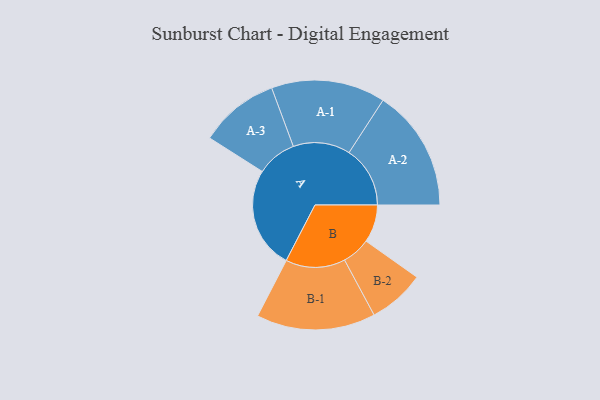
{"axis": {"x": "Segment", "y": "Value"}, "legend": ["", "A", "B"], "data": [{"x": "A", "y": 485, "type": ""}, {"x": "B", "y": 180, "type": ""}, {"x": "A-1", "y": 272, "type": "A"}, {"x": "A-2", "y": 291, "type": "A"}, {"x": "A-3", "y": 190, "type": "A"}, {"x": "B-1", "y": 284, "type": "B"}, {"x": "B-2", "y": 135, "type": "B"}]}